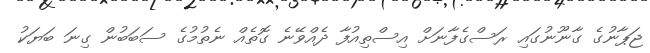
ޖަޕާނުގެ ގާނޫނުގައި ރަސްގެފާނަށް އިސްތިއުފާ ދެއްވޭނެ ގޮތެއް ނެތުމުގެ ސަބަބުން ގިނަ ބަޔަކު